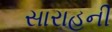
સારાહની